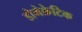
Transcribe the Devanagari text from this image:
डोमेक्रेटिक